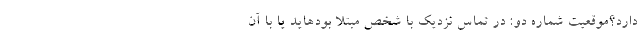
دارد؟موقعیت شمارهٔ دو: در تماس نزدیک با شخص مبتلا بودهاید یا با آن